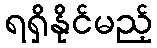
ရရှိနိုင်မည့်